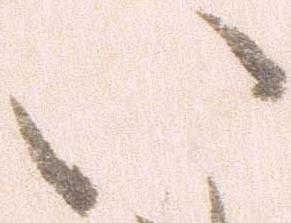
い